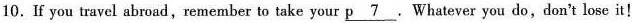
10. If you travel abroad, remember to take your \underline{p 7}. Whatever you do, don't lose it!